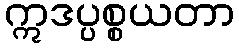
ဣဒပ္ပစ္စယတာ